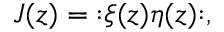
J ( z ) = \mathopen : \xi ( z ) \eta ( z ) \mathclose : ,